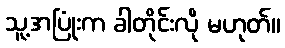
သူ့အပြုံးက ခါတိုင်းလို မဟုတ်။